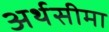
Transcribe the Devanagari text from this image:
अर्थसीमा